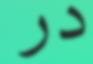
در